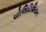
પોલિટિશિયન